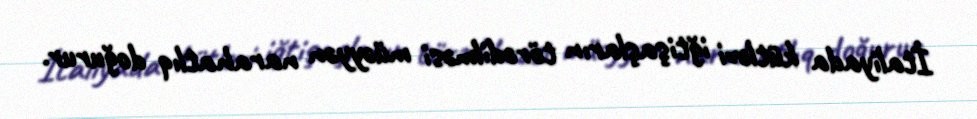
İtaliyada kütləvi iğtişaşların törədilməsi müəyyən narahatlıq doğurur.